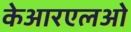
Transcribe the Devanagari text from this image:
केआरएलओ